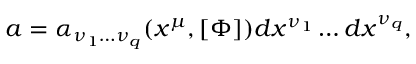
a = \alpha _ { \nu _ { 1 } \ldots \nu _ { q } } ( x ^ { \mu } , [ \Phi ] ) d x ^ { \nu _ { 1 } } \ldots d x ^ { \nu _ { q } } ,